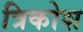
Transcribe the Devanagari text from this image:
त्रिकोश